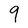
Character: 9